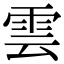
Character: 雲